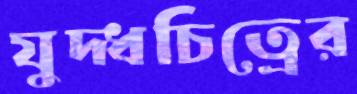
যুদ্ধচিত্রের